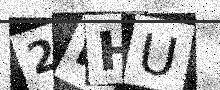
Text: 2RHU